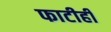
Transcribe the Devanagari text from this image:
फाटीही